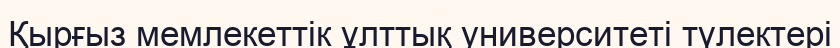
Қырғыз мемлекеттік ұлттық университеті түлектері